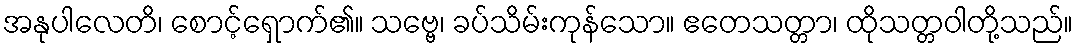
အနုပါလေတိ၊ စောင့်ရှောက်၏။ သဗ္ဗေ၊ ခပ်သိမ်းကုန်သော။ ဧတေသတ္တာ၊ ထိုသတ္တဝါတို့သည်။